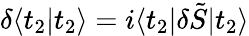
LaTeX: \delta\langle t_{2}|t_{2}\rangle=i\langle t_{2}|\delta\tilde{S}|t_{2}\rangle